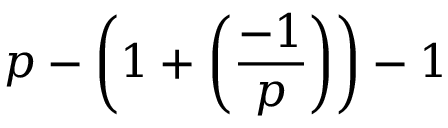
p - \left( 1 + \left( { \frac { - 1 } { p } } \right) \right) - 1